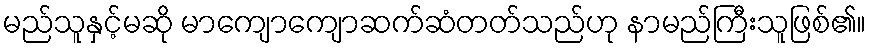
မည်သူနှင့်မဆို မာကျောကျောဆက်ဆံတတ်သည်ဟု နာမည်ကြီးသူဖြစ်၏။